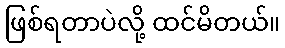
ဖြစ်ရတာပဲလို့ ထင်မိတယ်။